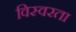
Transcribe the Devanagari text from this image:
विस्वरता